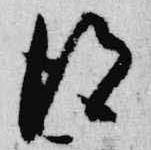
得